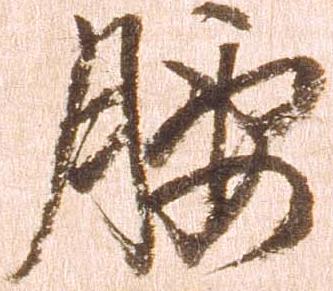
腰